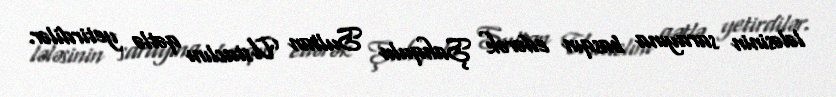
lələsinin sarayına basqın edərək Şahqulu Sultan Ustaclını qətlə yetirdilər.